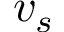
v _ { s }